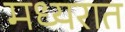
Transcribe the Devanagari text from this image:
मध्यरात